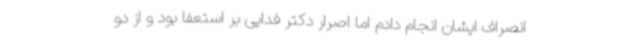
انصراف ایشان انجام دادم اما اصرار دکتر فدایی بر استعفا بود و از دو